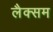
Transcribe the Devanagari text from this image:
लैक्सम